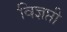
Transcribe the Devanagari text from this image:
विज्ञप्ती